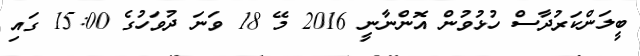
ބީލަންކަރުދާސް ހުޅުވުން އޮންނާނީ 2016 މޭ 18 ވަނަ ދުވަހުގެ 15:00 ގައި